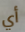
أي